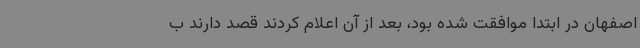
اصفهان در ابتدا موافقت شده بود، بعد از آن اعلام کردند قصد دارند ب